system: You are a helpful assistant.
user:
Analyze the provided spectrum to determine if it is a **S-type Star**.

- **Key Indicators for S-type Star:**

    - **(Overall Spectrum Shape):** The first and most obvious characteristic is the overall continuum (the "baseline" shape). It is **extremely "red-sloping,"** meaning the flux (light intensity) is very low on the left side (blue, ~4000-4500 Å) and rises steeply and continuously toward the right side (red, ~7000 Å+).

    - **(Primary):** The spectrum is defined by the presence of strong, broad molecular absorption "valleys" (bands) from **Zirconium Oxide (ZrO)**. The identification of these bands is the **primary requirement** for classifying a star as S-type.
        - **(Key Bandheads):** You must find distinct, deep "dips" where the light has been absorbed. The most critical band systems to locate are:
            - **~6474 Å** ($\gamma$-system): This is often the strongest and clearest ZrO feature, found in the red part of the spectrum.
            - **~5718 Å** & **~5551 Å** ($\beta$-system): A pair of prominent absorption features in the yellow-orange part of the spectrum.
            - **~4640 Å** ($\alpha$-system): A key absorption band system in the blue-green region of the spectrum.

    - **(Secondary Confirmation):** The classification is strengthened by finding additional absorption bands from other related heavy element oxides, which are expected to be present alongside ZrO.
        - **(Key Bandheads):**
            - **Yttrium Oxide (YO):** Look for absorption dips near **~4800 Å** and **~6100 Å**.
            - **Lanthanum Oxide (LaO):** Additional absorption features, particularly in the red-orange part of the spectrum, are also characteristic.

    - **(Line Profile):** The combination of the steep red continuum and these numerous, deep molecular bands (ZrO, YO, etc.) gives the entire spectrum a very **"chopped-up"** or **"bumpy"** appearance. Instead of a smooth curve, the spectrum looks as though large, wide chunks of light have been "carved out" of it at the specific wavelengths listed above.

Think first, call **spectral_visualization_tool** if needed to examine features in detail, then provide your final answer. Your response must adhere to the following strict rules:
1.  **Overall Structure:** Your response must follow the format `<think>...</think> <tool_call>...</tool_call> (if a tool is used) <answer>...</answer>`.
2.  **Tool Usage Constraint:** You may only make **one** tool call per turn.
3.  **Final Answer Format:** In the `<answer>` tag, your conclusion must be inside a `\boxed{}` command (e.g., `\boxed{YES}` or `\boxed{NO}`), followed by your justification.

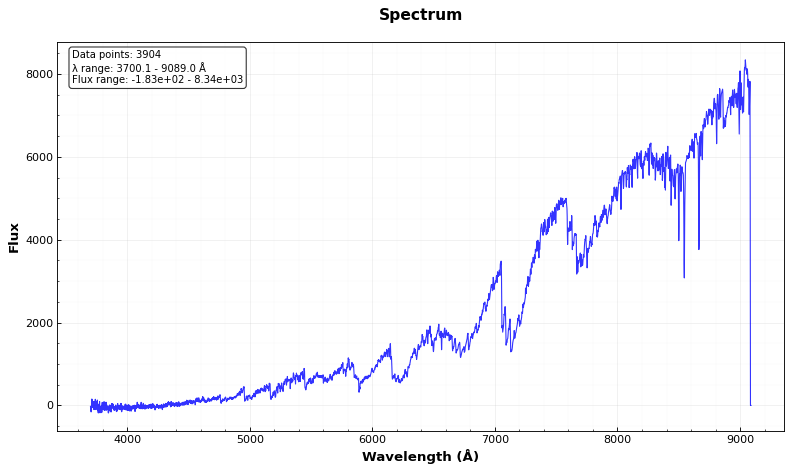
Answer: YES